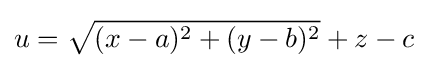
u={\sqrt {(x-a)^{2}+(y-b)^{2}}}+z-c